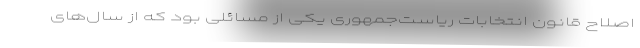
اصلاح قانون انتخابات ریاست‌جمهوری یکی از مسائلی بود که از سال‌های